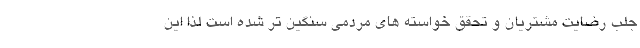
جلب رضایت مشتریان و تحقق خواسته های مردمی سنگین تر شده است لذا این